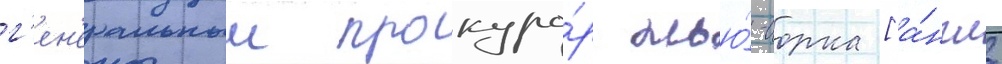
г'ен'еральныи прокуро́р нью́-иорка [а́нгл.